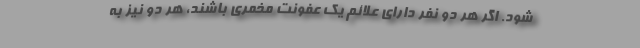
شود. اگر هر دو نفر دارای علائم یک عفونت مخمری باشند، هر دو نیز به